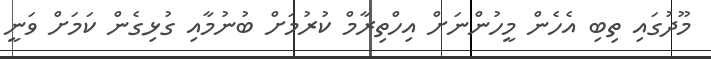
މޫދުގައި ތިބި އެހެން މީހުންނަށް އިހްތިރާމް ކުރުމަށް ބުނުމާއި ގުޅިގެން ކަމަށް ވަނީ